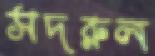
সদরুল